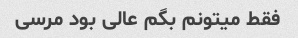
فقط میتونم بگم عالی بود مرسی